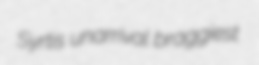
Syrtis unarrival braggiest